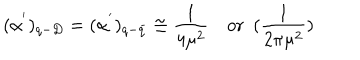
LaTeX: ( \alpha ^ { ' } ) _ { q - D } = ( \alpha ^ { ' } ) _ { q - \bar { q } } \cong \frac { 1 } { 4 \mu ^ { 2 } } ~ \mathrm { o r } ~ ~ ( \frac { 1 } { 2 \pi \mu ^ { 2 } } )